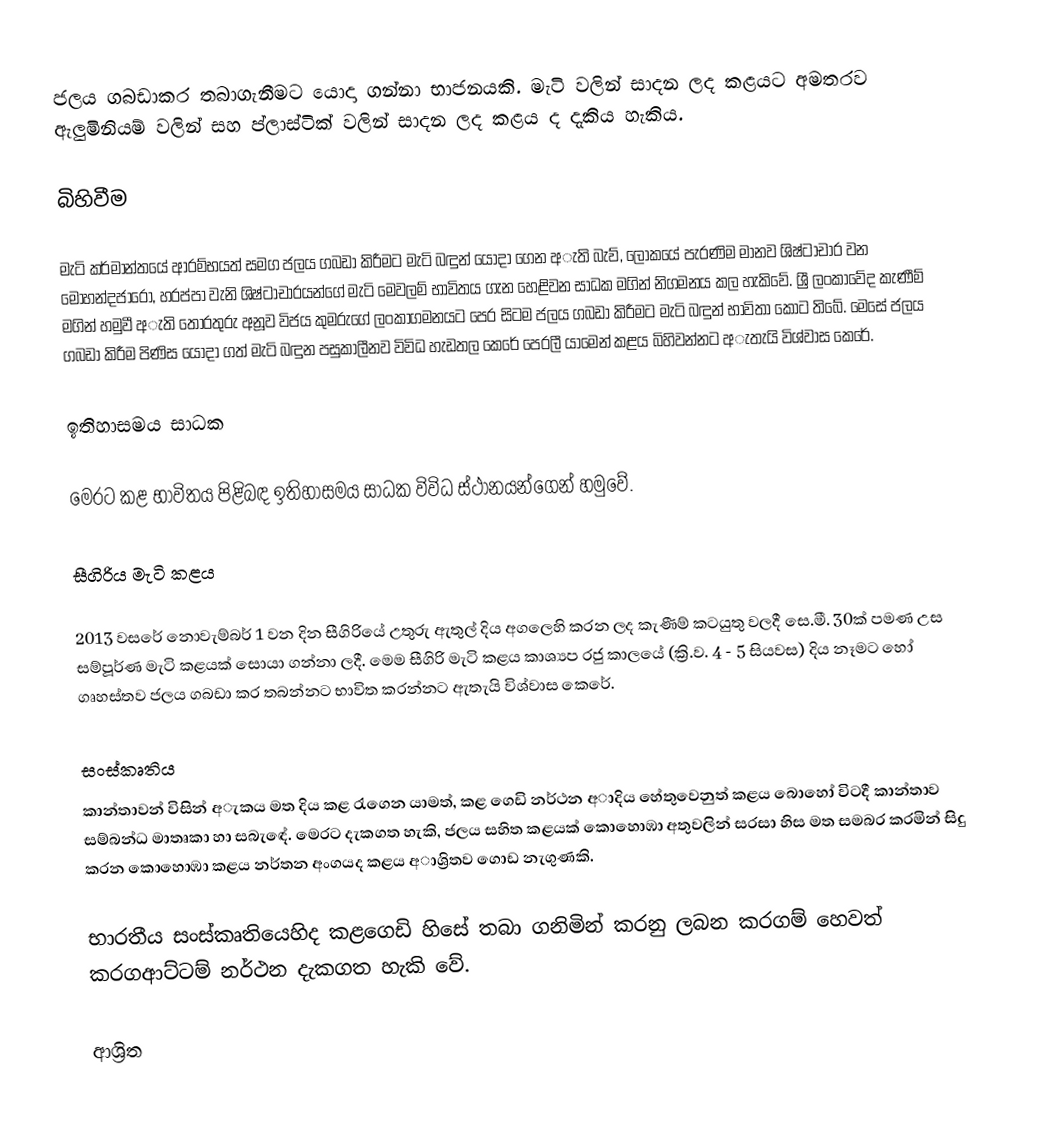
ජලය ගබඩාකර තබාගැනීමට යොදා ගන්නා භාජනයකි. මැටි වලින් සාදන ලද කළයට අමතරව ඇලුමිනියම් වලින් සහ ප්ලාස්ටික් වලින් සාදන ලද කළය ද දැකිය හැකිය.

බිහිවීම

මැටි කර්මාන්තයේ ආරම්භයත් සමග ජලය ගබඩා කිරීමට මැටි බඳුන් යොදා ගෙන අැති බැව්, ලෝකයේ පැරණිම මානව ශිෂ්ටාචාර වන මොහන්දජාරෝ, හරප්පා වැනි ශිෂ්ටාචාරයන්ගේ මැටි මෙවලම් භාවිතය ගැන හෙළිවන සාධක මගින් නිගමනය කල හැකිවේ. ශ්‍රී ලංකාවේද කැණීම් මගින් හමුවී අැති තොරතුරු අනූව විජය කුමරුගේ ලංකාගමනයට පෙර සිටම ජලය ගබඩා කිරීමට මැටි බඳුන් භාවිතා කොට තිබේ. මෙසේ ජලය ගබඩා කිරීම පිණිස යොදා ගත් මැටි බඳුන පසුකාලීනව විවිධ හැඩතල කෙරේ පෙරලී යාමෙන් කළය බිහිවන්නට අැතැයි විශ්වාස කෙරේ.

ඉතිහාසමය සාධක

මෙරට කළ භාවිතය පිළිබඳ ඉතිහාසමය සාධක විවිධ ස්ථානයන්ගෙන් හමුවේ.

සීගිරිය මැටි කළය

2013 වසරේ නොවැම්බර් 1 වන දින සීගිරියේ උතුරු ඇතුල් දිය අගලෙහි කරන ලද කැණීම් කටයුතු වලදී සෙ.මී. 30ක් පමණ උස සම්පූර්ණ මැටි කළයක් සොයා ගන්නා ලදී. මෙම සීගිරි මැටි කළය කාශ්‍යප රජු කාලයේ (ක්‍රි.ව. 4 - 5 සියවස) දිය නෑමට හෝ ගෘහස්තව ජලය ගබඩා කර තබන්නට භාවිත කරන්නට ඇතැයි විශ්වාස කෙරේ.

සංස්කෘතිය
කාන්තාවන් විසින් අැකය මත දිය කළ රැගෙන යාමත්, කළ ගෙඩි නර්ථන අාදිය හේතුවෙනුත් කළය බොහෝ විටදී කාන්තාව සම්බන්ධ මාතෘකා හා සබැඳේ. මෙරට දැකගත හැකි, ජලය සහිත කළයක් කොහොඹා අතුවලින් සරසා හිස මත සමබර කරමින් සිදු කරන කොහොඹා කළය නර්තන අංගයද කළය අාශ්‍රිතව ගොඩ නැගුණකි.

භාරතීය සංස්කෘතියෙහිද කළගෙඩි හිසේ තබා ගනිමින් කරනු ලබන කරගම් හෙවත් කරගආට්ටම් නර්ථන දැකගත හැකි වේ.

ආශ්‍රිත